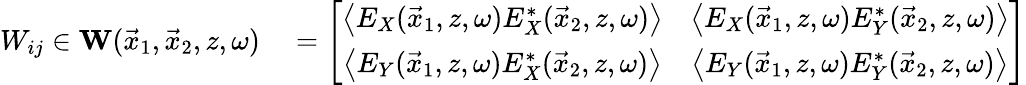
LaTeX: \begin{array}{rl}{W_{ij}\in{\mathbf W}(\vec{x}_{1},\vec{x}_{2},z,\omega)}&{{}=\left[\begin{array}{cc}{\left\langle E_{X}(\vec{x}_{1},z,\omega)E_{X}^{*}(\vec{x}_{2},z,\omega)\right\rangle}&{\left\langle E_{X}(\vec{x}_{1},z,\omega)E_{Y}^{*}(\vec{x}_{2},z,\omega)\right\rangle}\\ {\left\langle E_{Y}(\vec{x}_{1},z,\omega)E_{X}^{*}(\vec{x}_{2},z,\omega)\right\rangle}&{\left\langle E_{Y}(\vec{x}_{1},z,\omega)E_{Y}^{*}(\vec{x}_{2},z,\omega)\right\rangle}\end{array}\right]}\end{array}